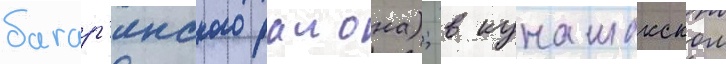
багар'якского раиона); в кунашакском